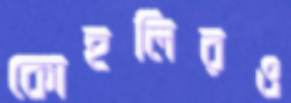
কোহলিরও